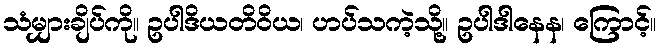
သံမျှားချိပ်ကို။ ဥပါဒိယတိဝိယ၊ ဟပ်သကဲ့သို့။ ဥပါဒါနေန၊ ကြောင့်။